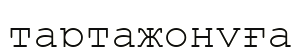
тартажонуға